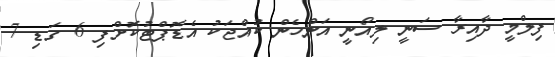
ފިލްމީ ދާއިރާ ސަނީ ލިއޯނީ އަންހެން ކުއްޖަކު އެޑޮޕްޓުކޮށްފި 6 ގަޑި 7